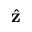
\hat { \bf z }